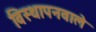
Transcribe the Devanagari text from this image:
विस्थापनवाले